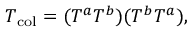
T _ { \mathrm { c o l } } = ( T ^ { a } T ^ { b } ) ( T ^ { b } T ^ { a } ) ,